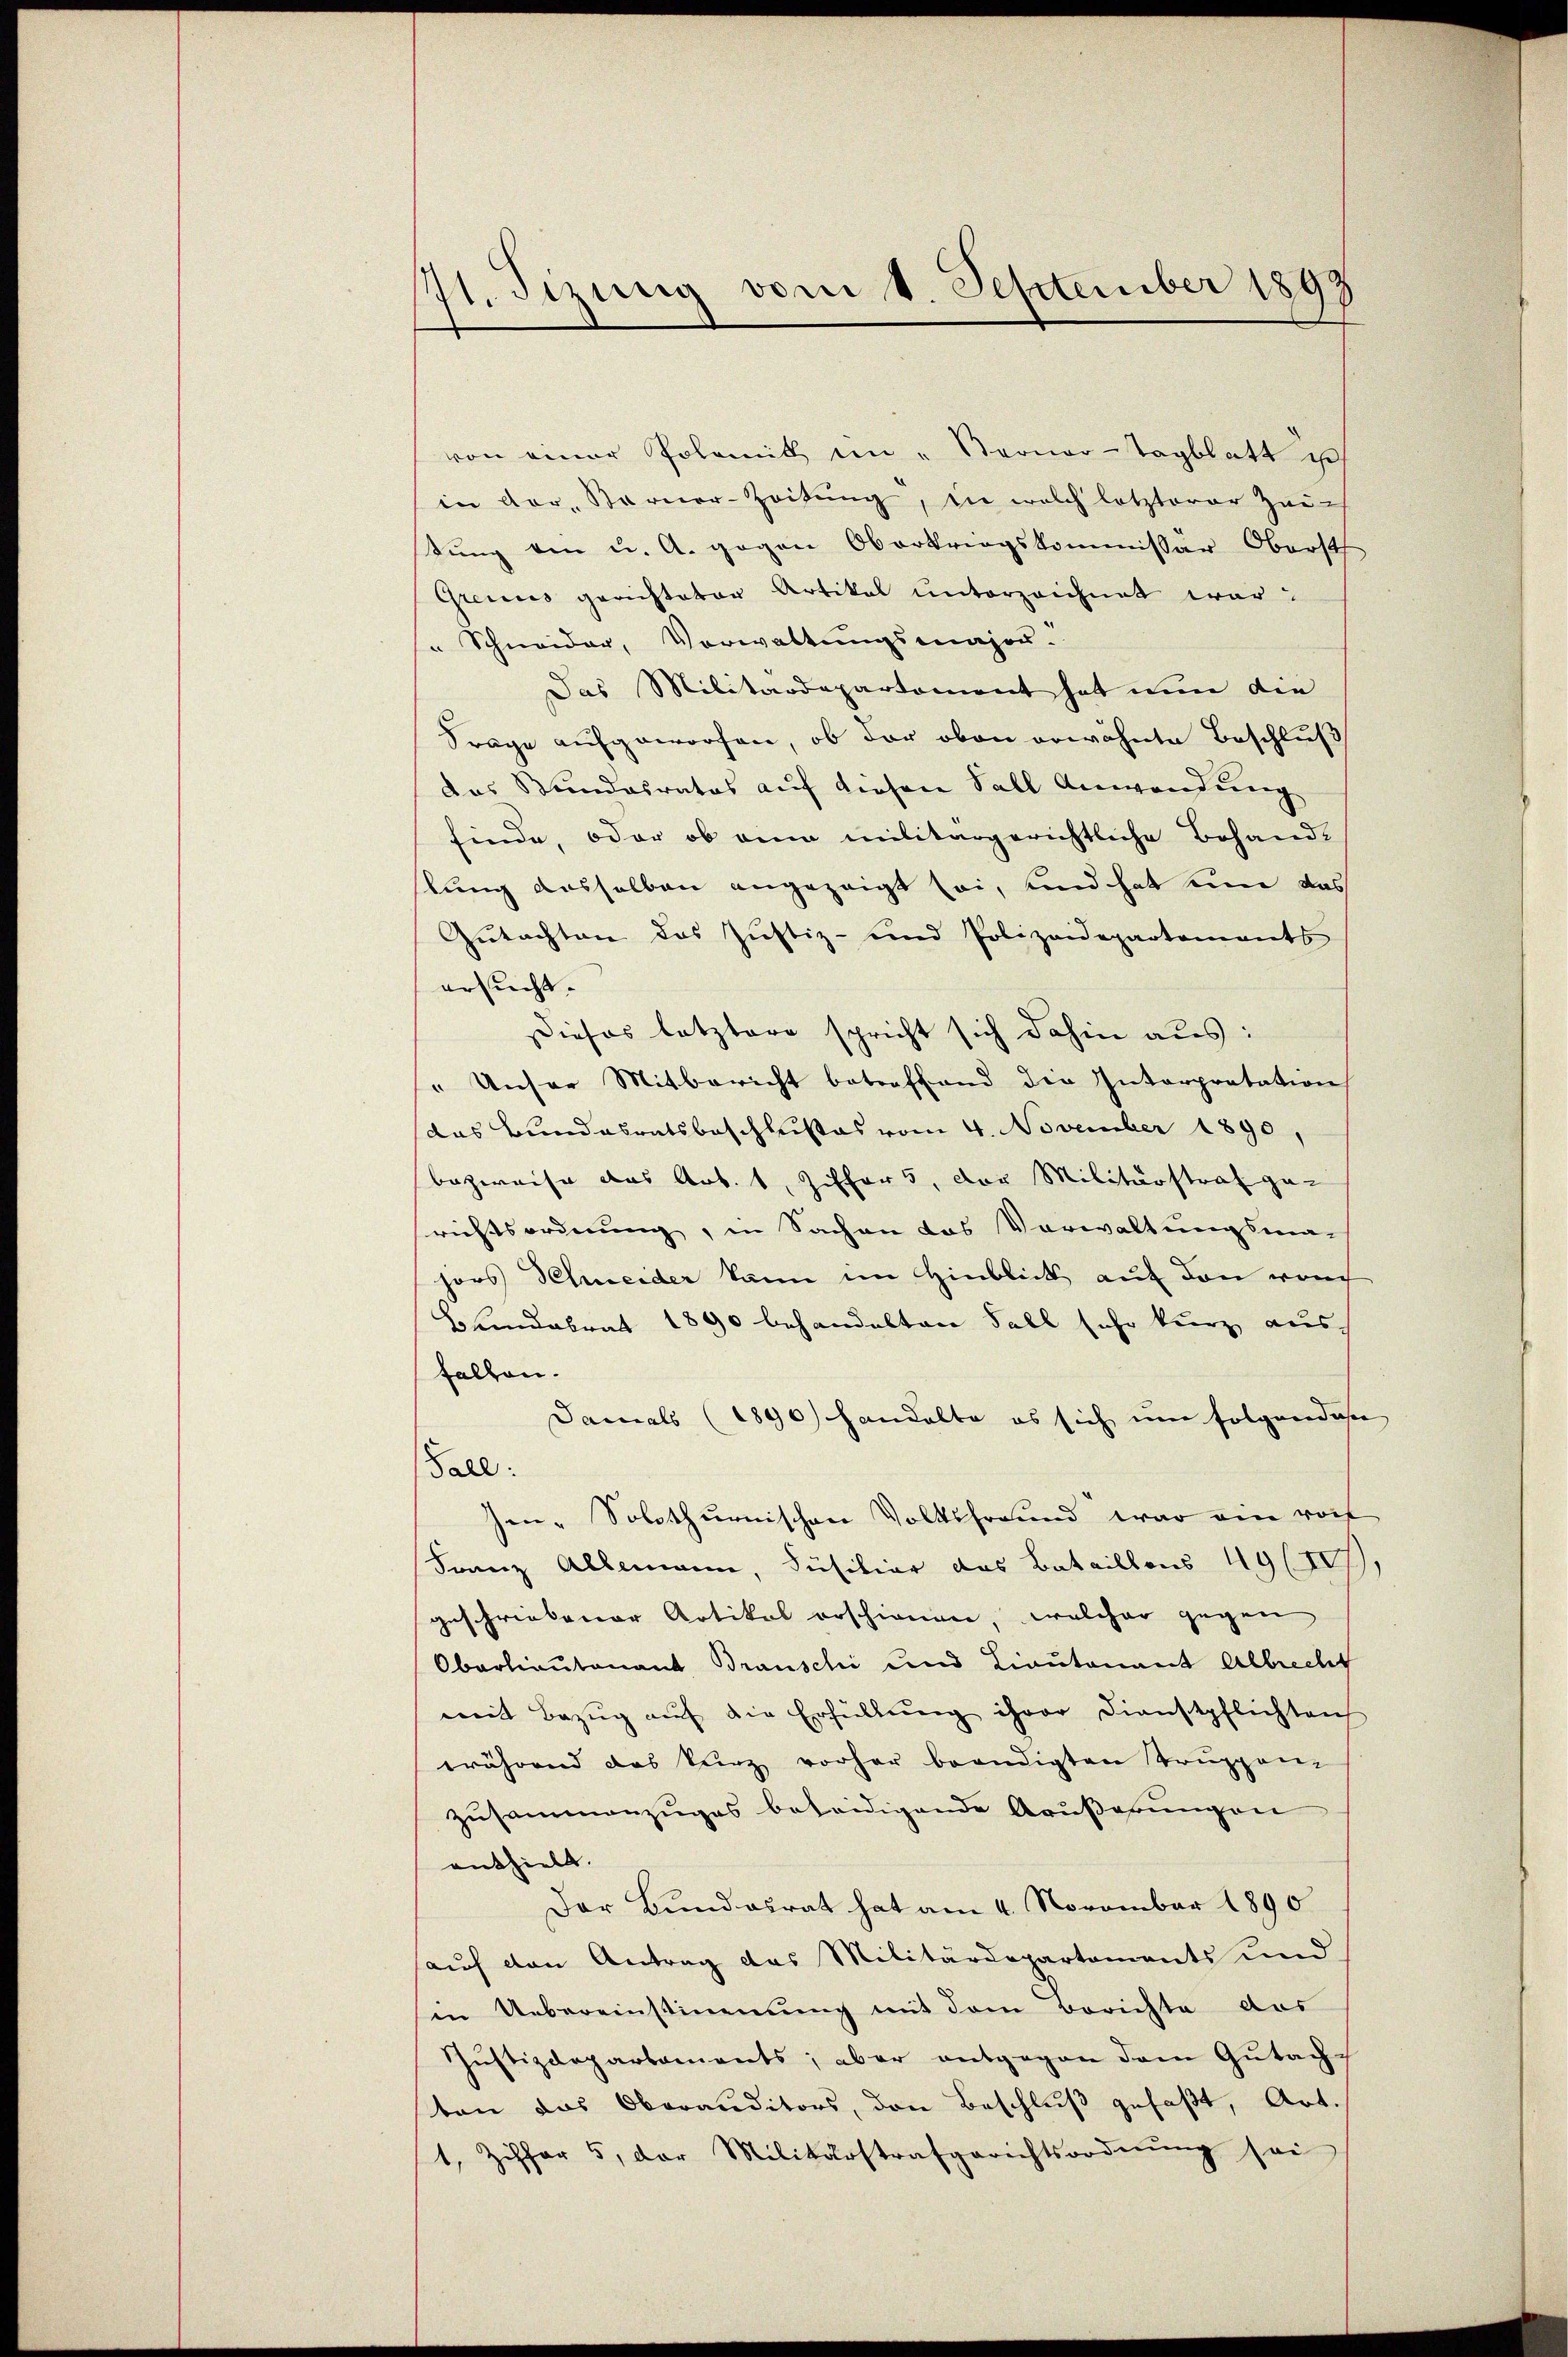
741. Sizung vom 1. September 1891

von einer Polemik im "Sterner-Tagblatt ist
in vor. Sarner-Zeitŭng, in welch letzterer Zei-
tŭng von u. A. gegen Oberkriegskommissär Oberst
Grecus gerichteter Artikal unterzeichnet war?
" Schneider, Vorwaltungsmajor.
Das Militärdepartement hat nun die
Frage aufgeworfen, ob der oben erwähnte Beschluß
das Stundesrates auf dieser Fall Anwendung
finde, oder ob ein militärgerichtliche Behand-
stung desselben angezeigt sei, und hat nun das
Gutachten das Justiz- und Polizeidepartements
ersucht.
Dieses letztere spricht sich dahin aus:
" Unser Mitbericht betreffend die Interpretation
das Bundesratsbeschlußes vom 4. November 1890,
bezweife das Art. 1, Ziffers, der Militärstraf ge-
richtsordnung, in Sachen das Vorwaltungsmahors Schneider kann im Hinblick auf den manch
Brandabrat 1890 behandelten Soll sehr kurz aus
fallen.
Damals (1890 handelte es sich um folgendase
Fall:
sen - Solothurnischen Volksfreund war ein rot
Franz Allemann, Füsiliar das Bataillons 19 (17),
geschriebener Artikel erschienen, welcher gegen
Oberlieutenant Brauschi und Lieutenant Albrecht
mit Bezŭg aŭf die Erfüllŭng ihrer Dienstpflichten
während das kurz vorher beendigten Truppenz
zusammenzuges beteidigende Außerungen
enthielt.
Der Bundesrat hat am 4. November 1890
auf den Antrag das Militärdepartements und
in Uebereinstimmung mit dem Berichte das
Justizdepartaments; aber entgegen dem Gutachten das Oberauditors, den Beschlŭβ gefaßt, Art.
1, Ziffer 5, der Militärstrafgerichtsordnŭng sei